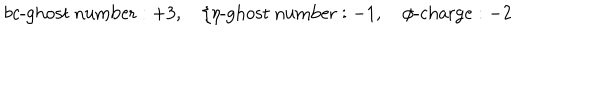
LaTeX: b c \mathrm { - g h o s t ~ n u m b e r } : + 3 , \quad \xi \eta \mathrm { - g h o s t ~ n u m b e r } : - 1 , \quad \phi \mathrm { - c h a r g e } : - 2